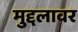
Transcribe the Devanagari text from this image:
मुद्दलावर